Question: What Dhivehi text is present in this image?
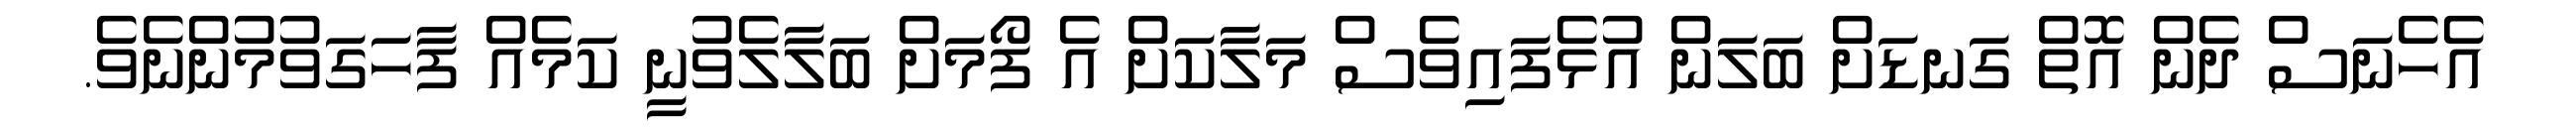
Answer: އެހެނަސް ދެން އޮތް ގަނޑަށް ބަލަން އުޅެފައިވެސް މަލާކަށް އެ ފޯމަށް ބަލާލެވުނީ ކަމެއް ފާހަގަވުމުންނެވެ.